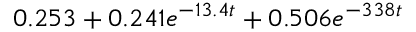
0 . 2 5 3 + 0 . 2 4 1 e ^ { - 1 3 . 4 t } + 0 . 5 0 6 e ^ { - 3 3 8 t }